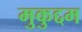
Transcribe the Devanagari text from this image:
मुकुद्दम